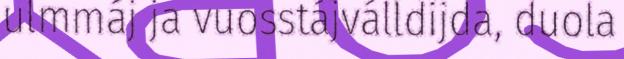
ulmmáj ja vuosstájválldijda, duola